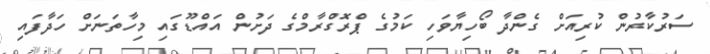
ސަރުކާރުން ކުރިއަށް ގެންދާ ބޯހިޔާވަހި ކަމުގެ ޕްރޮގްރާމްގެ ދަށުން އައްޑޫގައި މިހާތަަނަށް ހަދާފައި